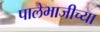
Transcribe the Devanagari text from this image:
पालेभाजीच्या